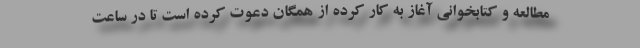
مطالعه و کتابخوانی آغاز به کار کرده از همگان دعوت کرده است تا در ساعت